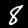
Label: 8